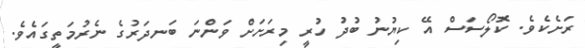
ރަށެކެވެ. ކޮލޯސަސް އޭ ކިޔުނު ބުދު ހުރީ މިރަށަށް ވަންނަ ބަނދަރުގެ ނެރުމަތީގައެވެ.